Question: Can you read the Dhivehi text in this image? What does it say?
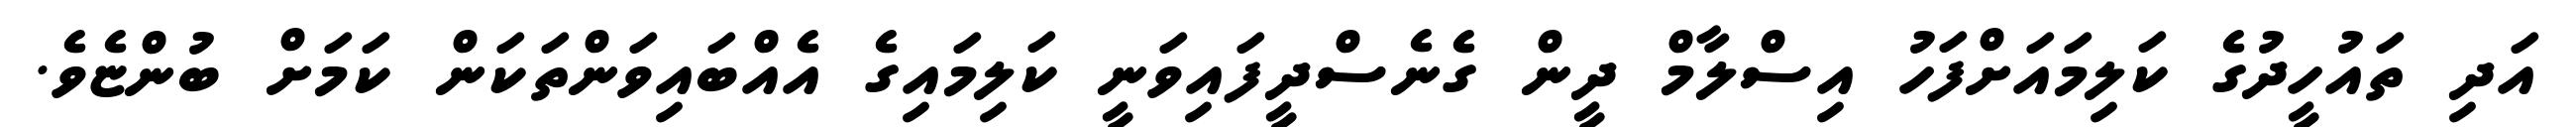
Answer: އަދި ތައުހީދުގެ ކަލިމައަށްފަހު އިސްލާމް ދީން ގެނެސްދީފައިވަނީ ކަލިމައިގެ އެއްބައިވަންތަކަން ކަމަށް ބުންޏެވެ.